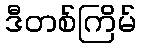
ဒီတစ်ကြိမ်